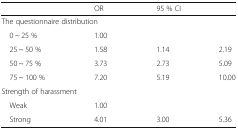
<table><thead><tr><td></td><td><b>OR</b></td><td colspan="2"><b>95 % CI</b></td></tr></thead><tbody><tr><td colspan="4">The questionnaire distribution</td></tr><tr><td> 0 ~ 25 %</td><td>1.00</td><td></td><td></td></tr><tr><td> 25 ~ 50 %</td><td>1.58</td><td>1.14</td><td>2.19</td></tr><tr><td> 50 ~ 75 %</td><td>3.73</td><td>2.73</td><td>5.09</td></tr><tr><td> 75 ~ 100 %</td><td>7.20</td><td>5.19</td><td>10.00</td></tr><tr><td colspan="4">Strength of harassment</td></tr><tr><td> Weak</td><td>1.00</td><td></td><td></td></tr><tr><td> Strong</td><td>4.01</td><td>3.00</td><td>5.36</td></tr></tbody></table>